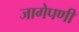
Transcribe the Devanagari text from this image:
जागेपणी